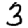
Digit: 3